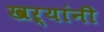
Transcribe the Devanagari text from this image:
खऱ्यांनी